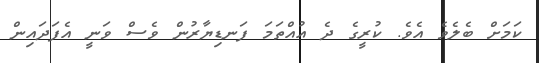
ކަމަށް ބެލެވެ އެވެ. ކުރީގެ ދެ އުއްތަމަ ފަނޑިޔާރުން ވެސް ވަނީ އެފަދައިން